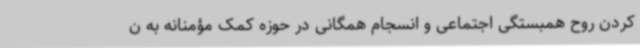
کردن روح همبستگی اجتماعی و انسجام همگانی در حوزه کمک مؤمنانه به ن